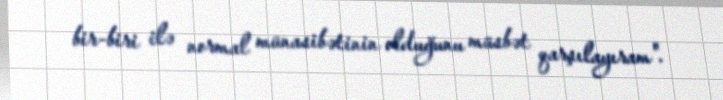
bir-biri ilə normal münasibətinin olduğunu müsbət qarşılayıram".